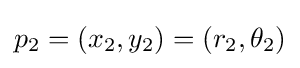
p_{2}=(x_{2},y_{2})=(r_{2},\theta _{2})